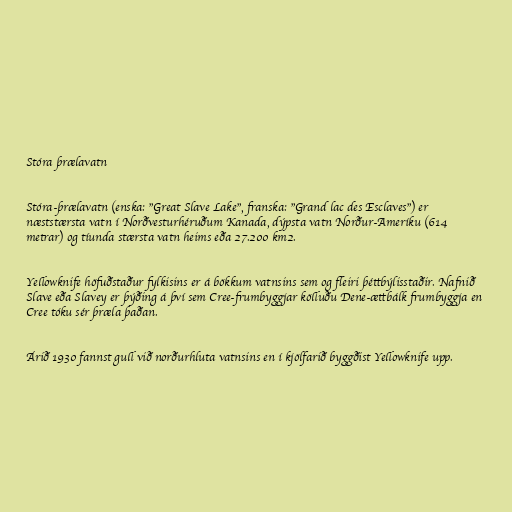
Stóra þrælavatn

Stóra-þrælavatn (enska: "Great Slave Lake", franska: "Grand lac des Esclaves") er
næststærsta vatn í Norðvesturhéruðum Kanada, dýpsta vatn Norður-Ameríku (614
metrar) og tíunda stærsta vatn heims eða 27.200 km2.

Yellowknife höfuðstaður fylkisins er á bökkum vatnsins sem og fleiri þéttbýlisstaðir. Nafnið
Slave eða Slavey er þýðing á því sem Cree-frumbyggjar kölluðu Dene-ættbálk frumbyggja en
Cree tóku sér þræla þaðan.

Árið 1930 fannst gull við norðurhluta vatnsins en í kjölfarið byggðist Yellowknife upp.